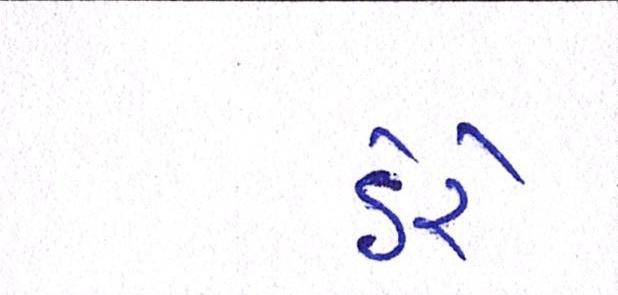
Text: ઠેરે